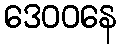
ဒေဝဝနေ